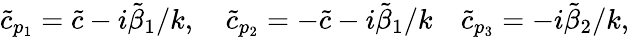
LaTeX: \tilde{c}_{p_{1}}=\tilde{c}-i\tilde{\beta}_{1}/k,\quad\tilde{c}_{p_{2}}=-\tilde{c}-i\tilde{\beta}_{1}/k\quad\tilde{c}_{p_{3}}=-i\tilde{\beta}_{2}/k,